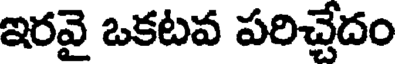
ఇరవై ఒకటవ పరిచ్చేదం